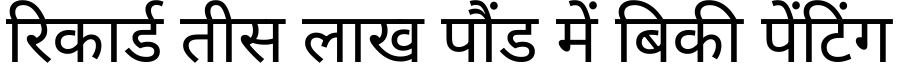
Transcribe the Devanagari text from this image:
रिकार्ड तीस लाख पौंड में बिकी पेंटिंग